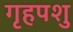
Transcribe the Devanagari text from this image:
गृहपशु